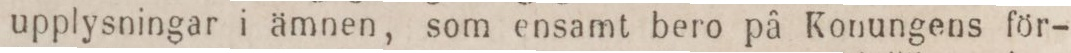
upplysningar i ämnen, som ensamt bero på Konungens för-